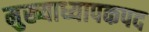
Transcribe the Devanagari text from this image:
मुख्याध्यापकपद